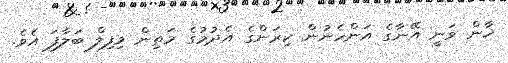
ޚާން ވަނީ އޭނާގެ އަންހެނުން ކިރަންގެ އެދުމުގެ މަތިން މިފިލް ބަލާފަ އެވެ.